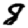
Digit: 8